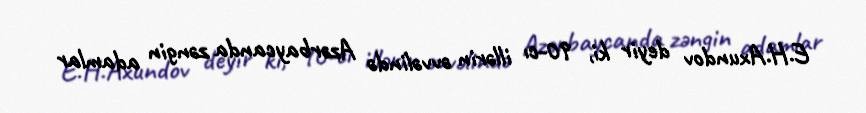
E.H.Axundov deyir ki, 90-cı illərin əvvəlində Azərbaycanda zəngin adamlar